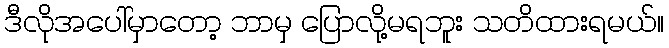
ဒီလိုအပေါ်မှာတော့ ဘာမှ ပြောလို့မရဘူး သတိထားရမယ်။